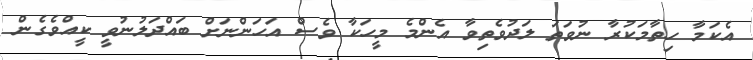
އެކަމާ ހިތާމަކުރާ ނުވަތަ ލަދުވެތިވާ އެންމެ މީހަކާ ވެސް އަހަންނަށް ބައްދަލުނުވީ ކީއްވެގެން